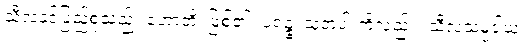
သီလနှင့်ပြည့်စုံသည်။ ဟောတိ၊ ဖြစ်၏။ ပရဉ္စ၊ သူတပါးကိုလည်း။ သီလသမ္ပဒါယ၊